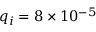
q _ { i } = 8 \times 1 0 ^ { - 5 }